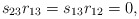
\begin{align*}s_{23}r_{13} = s_{13}r_{12} = 0,\end{align*}